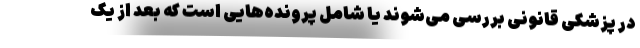
در پزشکی قانونی بررسی می‌شوند یا شامل پرونده‌هایی است که بعد از یک